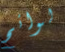
لوائح